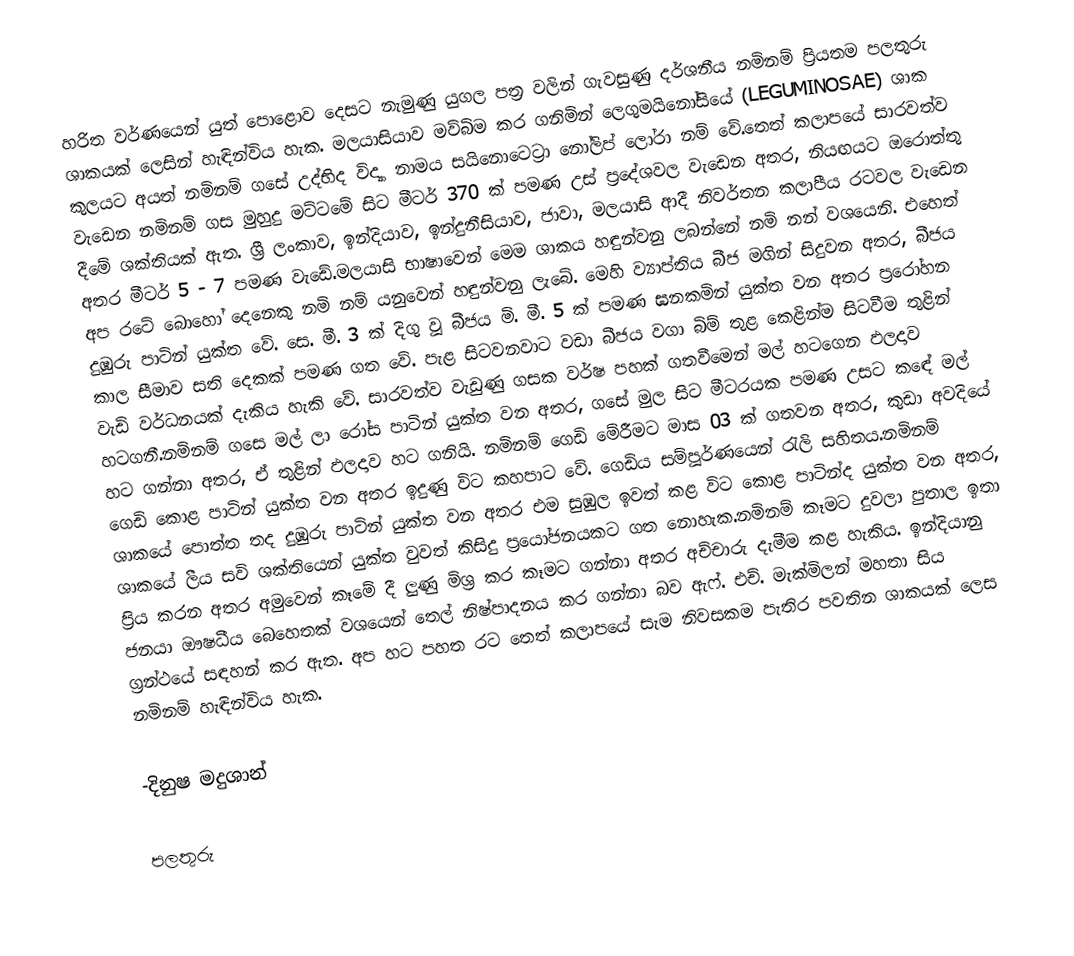
හරිත වර්ණයෙන් යුත් පොළොව දෙසට නැමුණු යුගල පත‍්‍ර වලින් ගැවසුණු දර්ශනීය නමිනම් ප‍්‍රියතම පලතුරු ශාකයක් ලෙසින් හැඳින්විය හැක. මලයාසියාව මව්බිම කර ගනිමින් ලෙගුමයිනෝසියේ (LEGUMINOSAE)  ශාක කුලයට අයත් නමිනම් ගසේ උද්භිද විද්‍යා නාමය සයිනොටෙට‍්‍රා නෝලිප් ලෝරා නම් වේ.තෙත් කලාපයේ සාරවත්ව වැඩෙන නමිනම් ගස මුහුදු මට්ටමේ සිට මීටර් 370 ක් පමණ උස් ප‍්‍රදේශවල වැඩෙන අතර, නියඟයට ඔරොත්තු දීමේ ශක්තියක් ඇත. ශ‍්‍රී ලංකාව, ඉන්දියාව, ඉන්දුනීසියාව, ජාවා, මලයාසි ආදී නිවර්තන කලාපීය රටවල වැඩෙන අතර මීටර් 5 - 7 පමණ වැඩේ.මලයාසි භාෂාවෙන් මෙම ශාකය හඳුන්වනු ලබන්නේ නමි නන් වශයෙනි. එහෙත් අප රටේ බොහෝ දෙනෙකු නමි නම් යනුවෙන් හඳුන්වනු ලැබේ. මෙහි ව්‍යාප්තිය බීජ මගින් සිදුවන අතර, බීජය දුඹුරු පාටින් යුක්ත වේ. සෙ. මී. 3 ක් දිගු වූ බීජය මි. මී. 5 ක් පමණ ඝනකමින් යුක්ත වන අතර ප‍්‍රරෝහන කාල සීමාව සති දෙකක් පමණ ගත වේ. පැළ සිටවනවාට වඩා බීජය වගා බිම් තුළ කෙළින්ම සිටවීම තුළින් වැඩි වර්ධනයක් දැකිය හැකි වේ. සාරවත්ව වැඩුණු ගසක වර්ෂ පහක් ගතවීමෙන් මල් හටගෙන ඵලදාව හටගනී.නමිනම් ගසෙ මල් ලා රෝස පාටින් යුක්ත වන අතර, ගසේ මුල සිට මීටරයක පමණ උසට කඳේ මල් හට ගන්නා අතර, ඒ තුළින් ඵලදාව හට ගනියි. නමිනම් ගෙඩි මේරීමට මාස 03 ක් ගතවන අතර, කුඩා අවදියේ ගෙඩි කොළ පාටින් යුක්ත වන අතර ඉදුණු විට කහපාට වේ. ගෙඩිය සම්පූර්ණයෙන් රැලි සහිතය.නමිනම් ශාකයේ පොත්ත තද දුඹුරු පාටින් යුක්ත වන අතර එම සුඹුල ඉවත් කළ විට කොළ පාටින්ද යුක්ත වන අතර, ශාකයේ ලීය සවි ශක්තියෙන් යුක්ත වුවත් කිසිදු ප‍්‍රයෝජනයකට ගත නොහැක.නමිනම් කෑමට දුවලා පුතාල ඉතා ප‍්‍රිය කරන අතර අමුවෙන් කෑමේ දී ලුණු මිශ‍්‍ර කර කෑමට ගන්නා අතර අච්චාරු දැමීම කළ හැකිය. ඉන්දියානු ජනයා ඖෂධීය බෙහෙතක් වශයෙන් තෙල් නිෂ්පාදනය කර ගන්නා බව ඇෆ්. එච්. මැක්මිලන් මහතා සිය ග‍්‍රන්ථයේ සඳහන් කර ඇත. අප හට පහත රට තෙත් කලාපයේ සැම නිවසකම පැතිර පවතින ශාකයක් ලෙස නමිනම් හැඳින්විය හැක.

-දිනුෂ මදුශාන්

පලතුරු